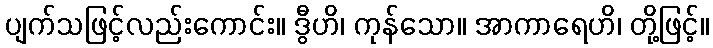
ပျက်သဖြင့်လည်းကောင်း။ ဒွီဟိ၊ ကုန်သော။ အာကာရေဟိ၊ တို့ဖြင့်။